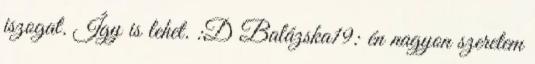
iszogat. Így is lehet. :D Balázska19: én nagyon szeretem